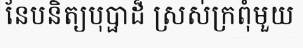
នែបនិត្យបុប្ផាដ៏ ស្រស់ក្រពុំមួយ